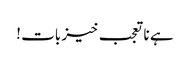
ہے نا تعجب خیز بات !